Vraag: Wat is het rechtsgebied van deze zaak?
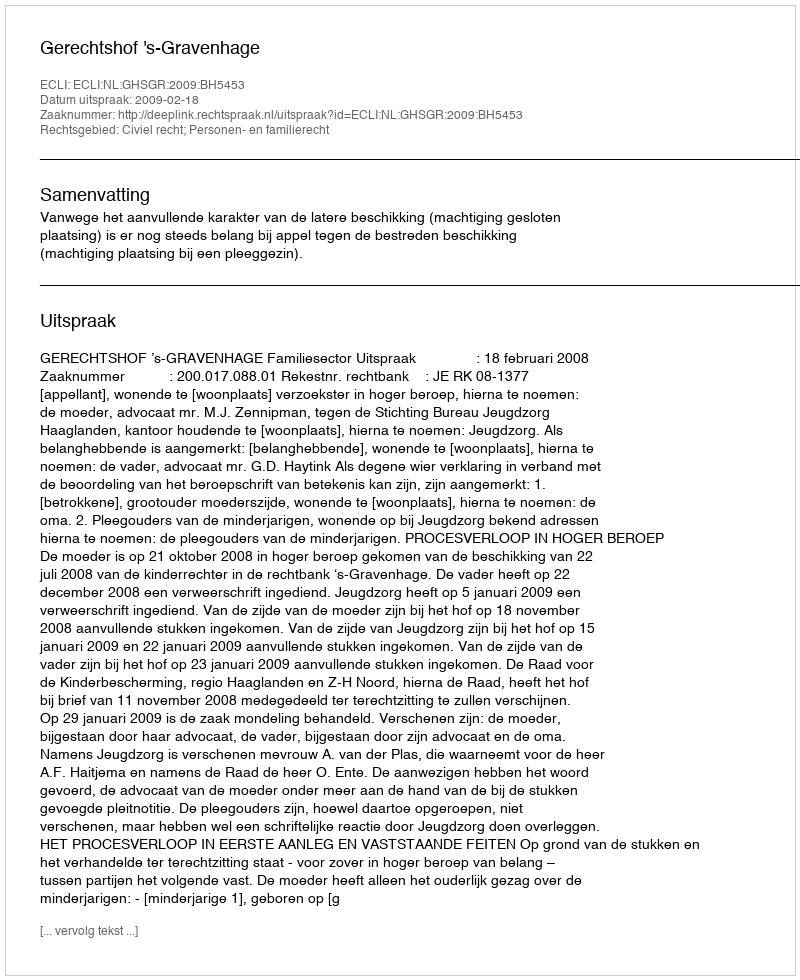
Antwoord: Civiel recht; Personen- en familierecht